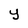
Character: Y